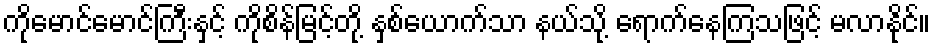
ကိုမောင်မောင်ကြီးနှင့် ကိုစိန်မြင့်တို့ နှစ်ယောက်သာ နယ်သို့ ရောက်နေကြသဖြင့် မလာနိုင်။